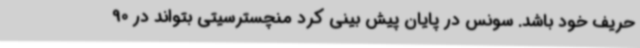
حریف خود باشد. سونس در پایان پیش بینی کرد منچسترسیتی بتواند در 90